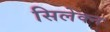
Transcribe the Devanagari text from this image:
सिलेक्न